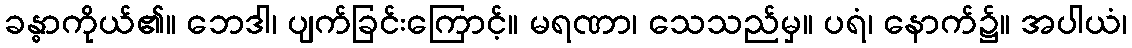
ခန္ဓာကိုယ်၏။ ဘေဒါ၊ ပျက်ခြင်းကြောင့်။ မရဏာ၊ သေသည်မှ။ ပရံ၊ နောက်၌။ အပါယံ၊